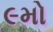
૯મો